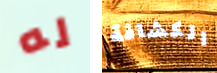
له الكشافة